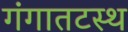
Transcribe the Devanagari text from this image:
गंगातटस्थ